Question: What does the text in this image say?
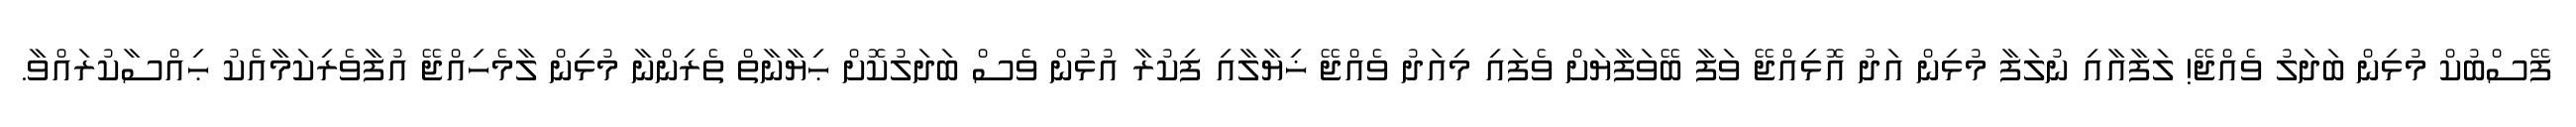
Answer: ފޭސްބުކް މުޅިން ބަދަލު ވެއްޖޭ! ލަފާއާއި ނުލަފާ މުޅިން އަދު އޮޅިއްޖޭ ވަފާ ބޭވަފާޔަށް ވެފައި މިއަދު ވެއްޖޭ ޚިޔާލާއި ފިކުރާ އުޅުން ވެސް ބަދަލުކޮށް ޙިޔާނާތް ތެރިންނާ މުޅިން ލާމެހިއްޖޭ އުފާވެރިކަމާއެކު ޙިއްސާކުރައްވާ.